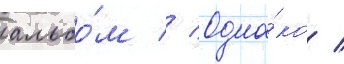
альбо́м // Одна́ко /